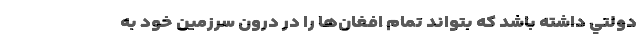
دولتي داشته باشد كه بتواند تمام افغان‌ها را در درون سرزمين خود به